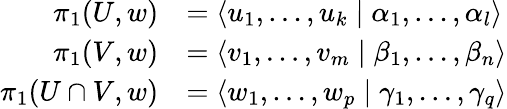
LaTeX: {\begin{array}{rl}{\pi_{1}(U,w)}&{=\langle u_{1},\dots,u_{k}\mid\alpha_{1},\dots,\alpha_{l}\rangle}\\ {\pi_{1}(V,w)}&{=\langle v_{1},\dots,v_{m}\mid\beta_{1},\dots,\beta_{n}\rangle}\\ {\pi_{1}(U\cap V,w)}&{=\langle w_{1},\dots,w_{p}\mid\gamma_{1},\dots,\gamma_{q}\rangle}\end{array}}